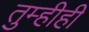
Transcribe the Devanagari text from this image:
तुम्हीही